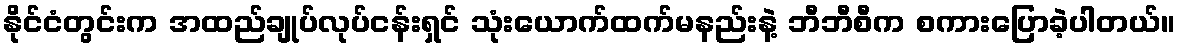
နိုင်ငံတွင်းက အထည်ချုပ်လုပ်ငန်းရှင် သုံးယောက်ထက်မနည်းနဲ့ ဘီဘီစီက စကားပြောခဲ့ပါတယ်။